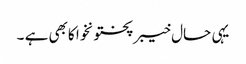
یہی حال خیبرپختونخوا کابھی ہے ۔